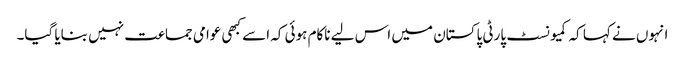
انہوں نے کہا کہ کمیونسٹ پارٹی پاکستان میں اس لیے ناکام ہوئی کہ اسے کبھی عوامی جماعت نہیں بنایا گیا۔